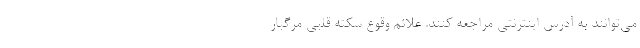
می‌توانند به آدرس اینترنتی مراجعه کنند. علائم وقوع سکته قلبی مرگبار